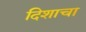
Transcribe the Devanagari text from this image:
दिशाचा